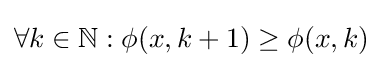
\forall k\in \mathbb {N} :\phi (x,k+1)\geq \phi (x,k)